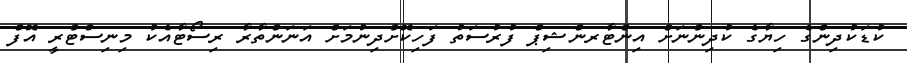
ކުޑަކުދިންގެ ހިޔާގެ ކުދިންނަށް އިންޓާރންޝިޕް ފުރުސަތު ފަހިކޮށްދިނުމަށް އަނަންތާރާ ރިސޯޓާއެކު މިނިސްޓްރީ އޮފް